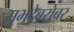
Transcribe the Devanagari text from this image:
सुभद्रेबरोबर